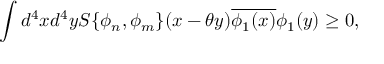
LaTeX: \int d ^ { 4 } x d ^ { 4 } y S \{ \phi _ { n } , \phi _ { m } \} ( x - \theta y ) \overline { { { \phi _ { 1 } ( x ) } } } \phi _ { 1 } ( y ) \geq 0 ,